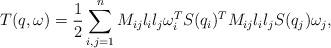
LaTeX: \begin{align*}T(q,\omega) = \frac{1}{2} \sum_{i,j=1}^n M_{ij}l_il_j \omega_i^TS(q_i)^TM_{ij}l_il_j S(q_j)\omega_j,\end{align*}